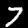
Label: 7